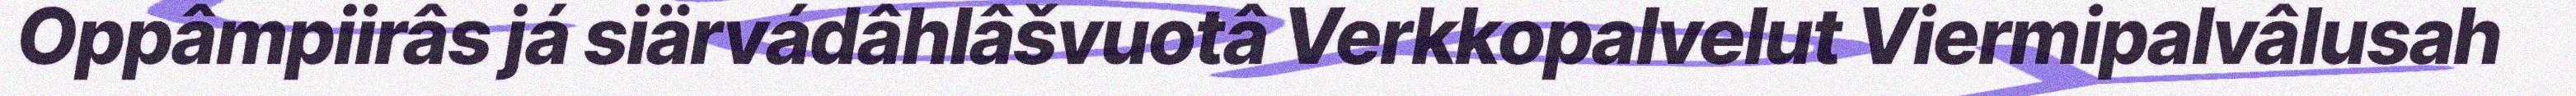
Oppâmpiirâs já siärvádâhlâšvuotâ Verkkopalvelut Viermipalvâlusah